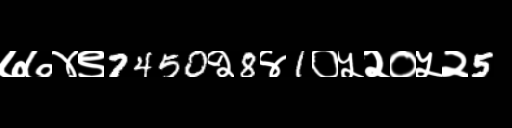
Text: ७७४९7450२8४1०५२०५२5